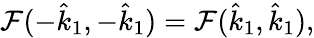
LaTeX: \mathcal{F}(-\hat{k}_{1},-\hat{k}_{1})=\mathcal{F}(\hat{k}_{1},\hat{k}_{1}),